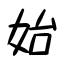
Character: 始